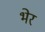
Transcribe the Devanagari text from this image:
भेर